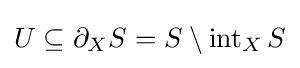
U\subseteq \partial _{X}S=S\setminus \operatorname {int} _{X}S